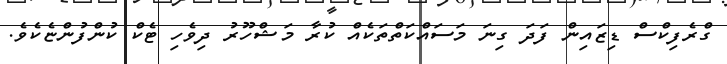
ގްރެފިކްސް ޑިޒައިން ފަދަ ގިނަ މަސައްކަތްތަކެއް ކުރާ މަޝްހޫރު ދިވެހި ޓެކް ކުންފުންޏެކެވެ.